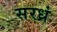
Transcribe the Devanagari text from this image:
सरध्रं